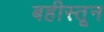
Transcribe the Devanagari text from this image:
बहीस्तून